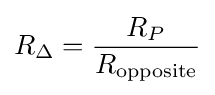
R_{\Delta }={\frac {R_{P}}{R_{\text{opposite}}}}